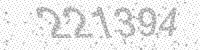
Solution: 221394